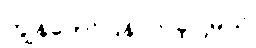
ကျွန်တော်ပြန်လာခဲ့ပါ့မယ်